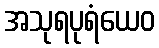
အသုရပုရံယေဝ